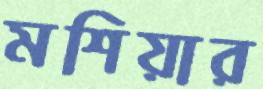
মশিয়ার